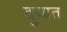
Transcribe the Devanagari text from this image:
दुष्यत